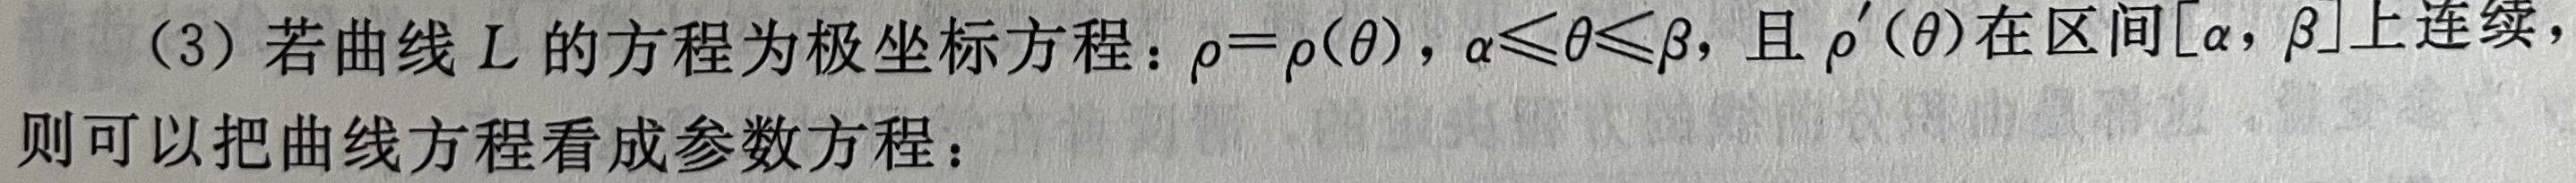
(3) 若曲线$L$的方程为极坐标方程：$\rho = \rho(\theta)$，$\alpha\leqslant\theta\leqslant\beta$，且$\rho'(\theta)$在区间$[\alpha,\beta]$上连续，则可以把曲线方程看成参数方程：